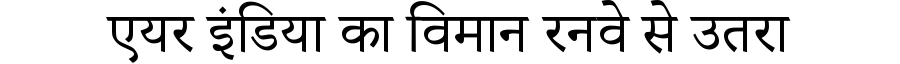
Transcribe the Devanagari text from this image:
एयर इंडिया का विमान रनवे से उतरा